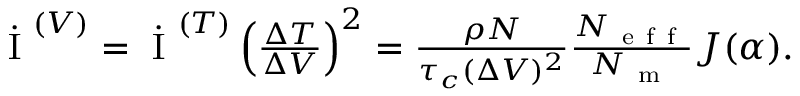
\begin{array} { r } { \dot { \mathrm { ~ I ~ } } ^ { ( V ) } = \dot { \mathrm { ~ I ~ } } ^ { ( T ) } \left( \frac { \Delta T } { \Delta V } \right) ^ { 2 } = \frac { \rho N } { \tau _ { c } ( \Delta V ) ^ { 2 } } \frac { N _ { \mathrm { ~ e ~ f ~ f ~ } } } { N _ { \mathrm { ~ m ~ } } } J ( \alpha ) . } \end{array}